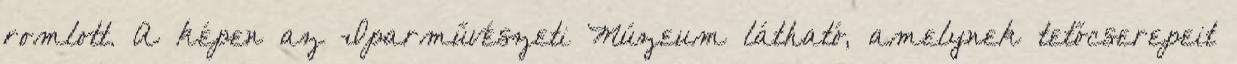
romlott. A képen az Iparművészeti Múzeum látható, amelynek tetőcserepeit